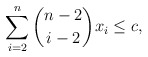
\begin{align*} \sum_{i=2}^{n} \dbinom{n-2}{i-2} x_i \le c,\end{align*}